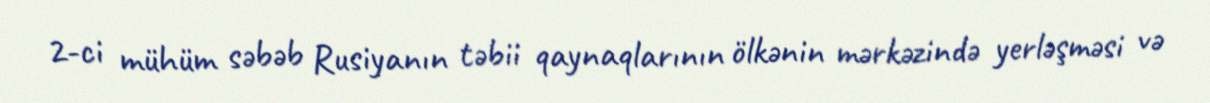
2-ci mühüm səbəb Rusiyanın təbii qaynaqlarının ölkənin mərkəzində yerləşməsi və